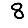
Digit: 8